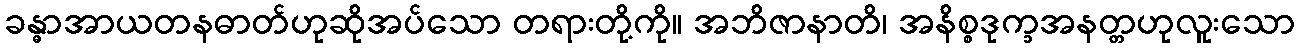
ခန္ဓာအာယတနဓာတ်ဟုဆိုအပ်သော တရားတို့ကို။ အဘိဇာနာတိ၊ အနိစ္စဒုက္ခအနတ္တဟုလူးသော